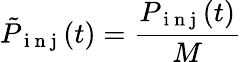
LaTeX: \tilde{P}_{\mathrm{~i~n~j~}}(t)=\frac{P_{\mathrm{~i~n~j~}}(t)}{M}